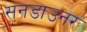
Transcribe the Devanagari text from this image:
सनडाउनर